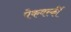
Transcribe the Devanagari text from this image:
पेकवर्स्की